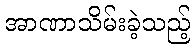
အာဏာသိမ်းခဲ့သည့်